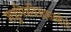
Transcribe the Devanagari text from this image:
शत्रुमित्रविश्वासस्त्रीसी